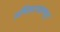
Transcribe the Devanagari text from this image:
अधिकाऱ्यांमधून